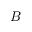
| B |